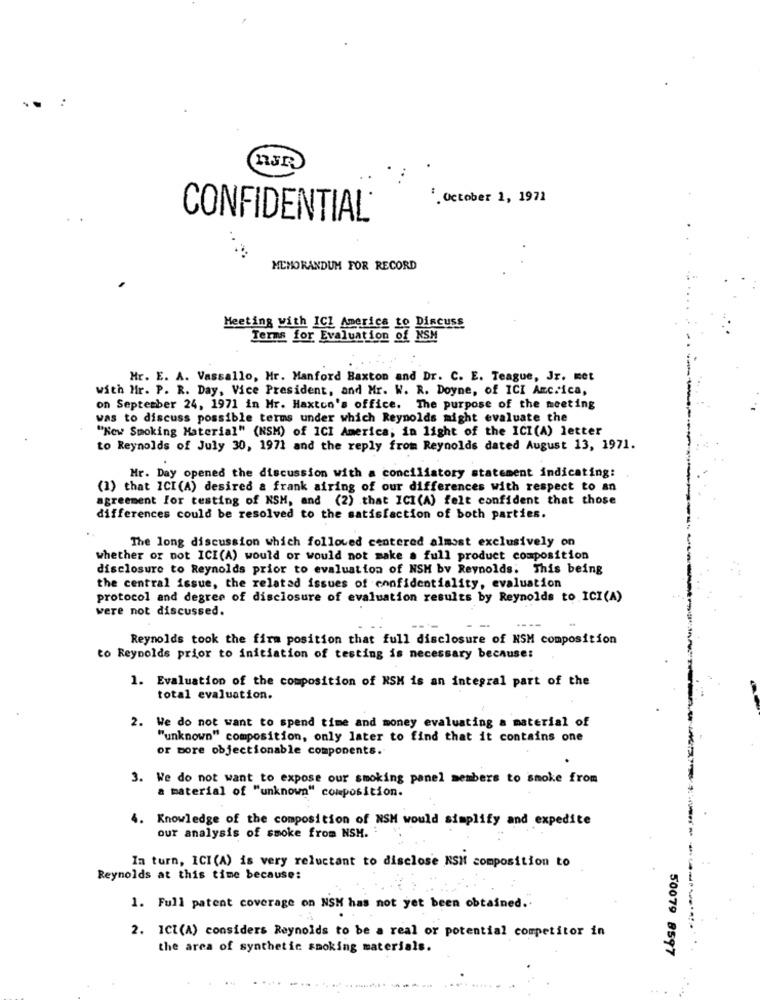
'. October 1, 1971
CONFIDENTIAL
...
MEMORANDUM FOR RECORD
Meeting with ICI America to Discuss
Terms for Evaluation of NSM
Hr. E. A. Vassallo, Mr. Manford Haxton and Dr. C. E. Teague, Jr. met
with Mr. P. R. Day, Vice President, and Mr. W. R. Doyne, of ICI Amc.ica,
on September 24, 1971 in Hr. Haxton's office. The purpose of the meeting
was to discuss possible terms under which Reynolds might evaluate the
"New Smoking Material" (NSM) of ICI America, in light of the ICI(A) letter
to Reynolds of July 30, 1971 and the reply from Reynolds dated August 13, 1971.
Mr. Day opened the discussion with a conciliatory statement indicating:
(1) that ICI(A) desired & frank airing of our differences with respect to an
agreement for testing of NSM, and (2) that ICI(A) felt confident that those
differences could be resolved to the satisfaction of both parties.
The long discussion which followed centered almost exclusively on
whether or not ICI(A) would or would not make a full product composition
disclosure to Reynolds prior to evaluation of NSH bv Reynolds: This being
the central issue, the related issues of confidentiality, evaluation
protocol and degree of disclosure of evaluation results by Reynolds to ICI(A)
were not discussed.
--
---
Reynolds took the firm position that full disclosure of NSM composition
to Reynolds prior to initiation of testing is necessary because:
1. Evaluation of the composition of NSM is an integral part of the
total evaluation.
2. We do not want to spend time and money evaluating a material of
"unknown" composition, only later to find that it contains one
or more objectionable components.
3. We do not want to expose our smoking panel members to smoke from
a material of "unknown" composition.
4. Knowledge of the composition of NSM would simplify and expedite
our analysis of smoke from NSH.
In turn, ICI (A) is very reluctant to disclose NSM composition to
Reynolds at this time because:
1. Full patent coverage on NSM has not yet been obtained ..
2. ICI(A) considers Reynolds to be a real or potential competitor in
the area of synthetic smoking materials.
50079 8597